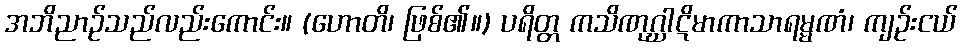
အဘိညာဉ်သည်လည်းကောင်း။ (ဟောတိ၊ ဖြစ်၏။) ပရိတ္တ ကသိဏုဂ္ဃါဋိမာကာသာရမ္မဏံ၊ ကျဉ်းငယ်